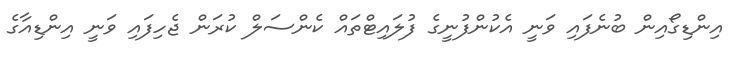
އިންޑިގޯއިން ބުނެފައި ވަނީ އެކުންފުނީގެ ފުލައިޓްތައް ކެންސަލް ކުރަން ޖެހިފައި ވަނީ އިންޑިއާގެ